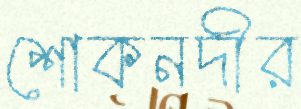
শোকনদীর